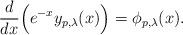
LaTeX: \begin{align*}\frac{d}{dx}\Big(e^{-x}y_{p,\lambda}(x)\Big)=\phi_{p,\lambda}(x).\end{align*}